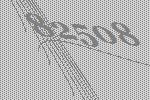
82508